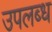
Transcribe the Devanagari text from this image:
उपलब्ध